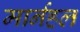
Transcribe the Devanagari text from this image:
मार्नहल